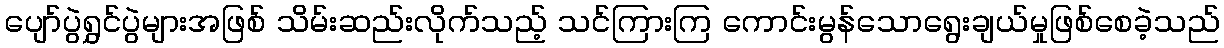
ပျော်ပွဲရွှင်ပွဲများအဖြစ် သိမ်းဆည်းလိုက်သည့် သင်ကြားကြ ကောင်းမွန်သောရွေးချယ်မှုဖြစ်စေခဲ့သည်